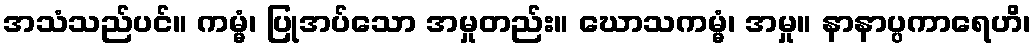
အသံသည်ပင်။ ကမ္မံ၊ ပြုအပ်သော အမှုတည်း။ ဃောသကမ္မံ၊ အမှု။ နာနာပ္ပကာရေဟိ၊